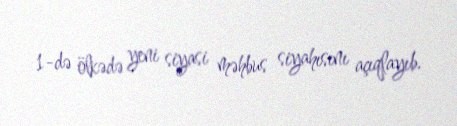
1-də ölkədə yeni siyasi məhbus siyahısını açıqlayıb.